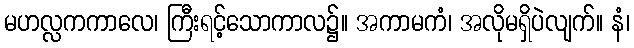
မဟလ္လကကာလေ၊ ကြီးရင့်သောကာလ၌။ အကာမကံ၊ အလိုမရှိပဲလျက်။ နံ၊